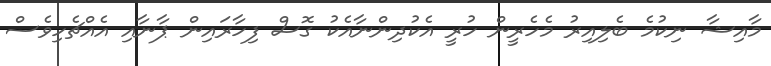
މާއިޝާ ނިކުމެ ބެލިއިރު މެހެރީން ހުރީ އެކުދިންނާއެކު ގޮސް ފިހާރައިން ޕާނާއި އެއްޗެހިވެސް